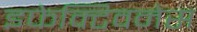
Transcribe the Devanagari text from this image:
इफेक्टिवनेस